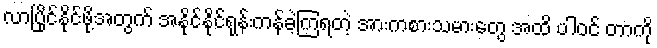
လာပြိုင်နိုင်ဖို့အတွက် အနိုင်နိုင်ရုန်းကန်ခဲ့ကြရတဲ့ အားကစားသမားတွေ အထိ ပါဝင် တာကို